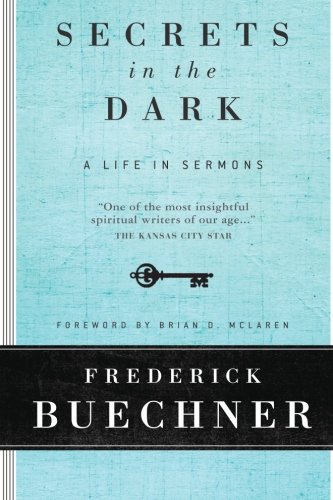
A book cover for Secrets in the Dark: A Life in Sermons; Frederick Buechner; Christian Books & Bibles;